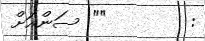
:        "" ސަންއަށް